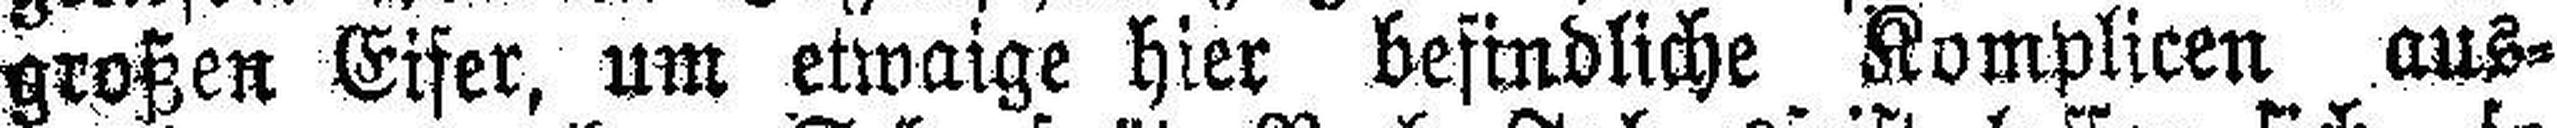
großen Eifer, um etwaige hier befindliche Komplicen aus¬